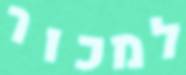
למכור